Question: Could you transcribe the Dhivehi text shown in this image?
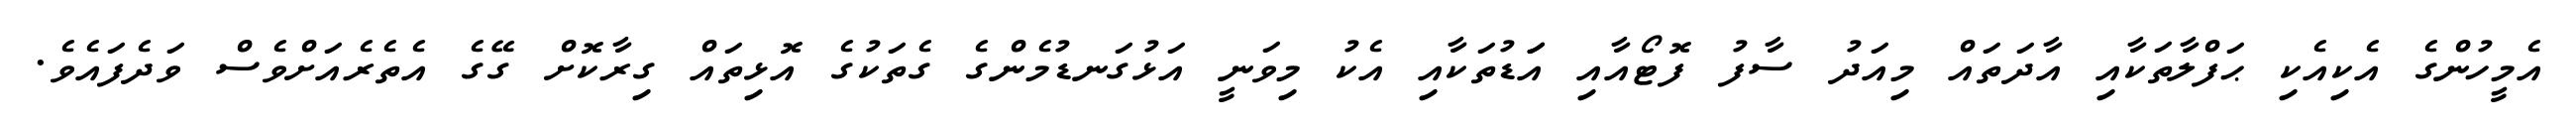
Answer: އެމީހުންގެ އެކިއެކި ޙަފްލާތަކާއި އާދަތައް މިއަދު ސާފު ފޮޓޯއާއި އަަޑުތަކާއި އެކު މިވަނީ އަޅުގަނޑުމެންގެ ގެތަކުގެ އޮޅިތައް ގިރާކޮށް ގޭގެ އެތެރެއަށްވެސް ވަދެފައެވެ.